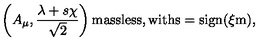
\left( A _ { \mu } , \frac { \lambda + s \chi } { \sqrt { 2 } } \right) \mathrm { m a s s l e s s , w i t h s = \mathrm { s i g n } ( \xi m ) } ,